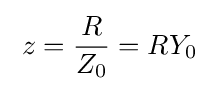
\;z={\frac {R}{Z_{0}}}=RY_{0}\;